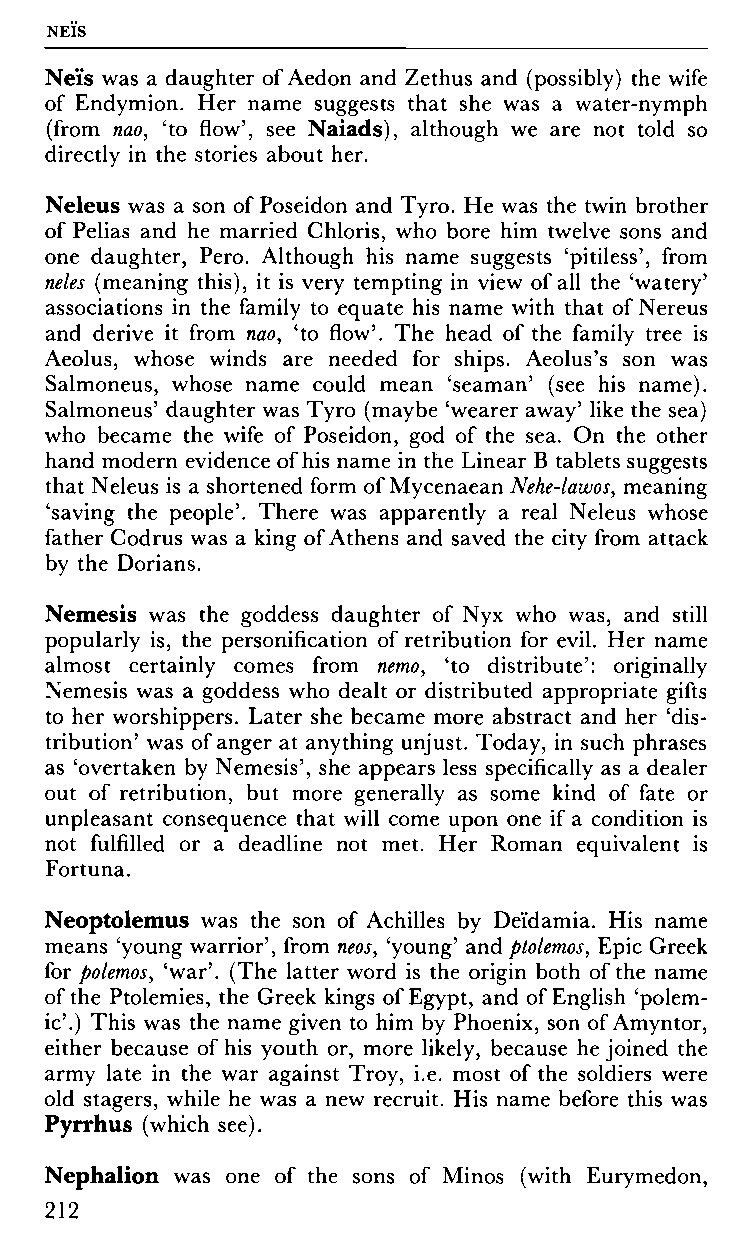
NEIS
 Neïs was a daughter of Aedon and Zethus and (possibly) the wife
 of Endymion. Her name suggests that she was a water-nymph
 (from nao, 'to flow', see Naiads), although we are not told so
 directly in the stories about her.
 Neleus was a son of Poseidon and Tyro. He was the twin brother
 of Pelias and he married Ghloris, who bore him twelve sons and
 one daughter, Pero. Although his name suggests 'pitiless', from
 neles (meaning this), it is very tempting in view of all the 'watery'
 associations in the family to equate his name with that of Nereus
 and derive it from nao, 'to flow'. The head of the family tree is
 Aeolus, whose winds are needed for ships. Aeolus's son was
 Salmoneus, whose name could mean 'seaman' (see his name).
 Salmoneus' daughter was Tyro (maybe 'wearer away' like the sea)
 who became the wife of Poseidon, god of the sea. On the other
 hand modern evidence of his name in the Linear Β tablets suggests
 that Neleus is a shortened form of Mycenaean Nehe-lawos, meaning
 'saving the people'. There was apparently a real Neleus whose
 father Codrus was a king of Athens and saved the city from attack
 by the Dorians.
 Nemesis was the goddess daughter of Nyx who was, and still
 popularly is, the personification of retribution for evil. Her name
 almost certainly comes from nemo, 'to distribute': originally
 Nemesis was a goddess who dealt or distributed appropriate gifts
 to her worshippers. Later she became more abstract and her 'dis­
 tribution' was of anger at anything unjust. Today, in such phrases
 as 'overtaken by Nemesis', she appears less specifically as a dealer
 out of retribution, but more generally as some kind of fate or
 unpleasant consequence that will come upon one if a condition is
 not fulfilled or a deadline not met. Her Roman equivalent is
 Fortuna.
 Neoptolemus was the son of Achilles by Deïdamia. His name
 means 'young warrior', from neos, 'young' and ptolemos, Epic Greek
 for polemos, 'war'. (The latter word is the origin both of the name
 of the Ptolemies, the Greek kings of Egypt, and of English 'polem
 ic'.) This was the name given to him by Phoenix, son of Amyntor,
 either because of his youth or, more likely, because he joined the
 army late in the war against Troy, i.e. most of the soldiers were
 old stagers, while he was a new recruit. His name before this was
 Pyrrhus (which see).
 Nephalion was one of the sons of Minos (with Eurymedon,
 212